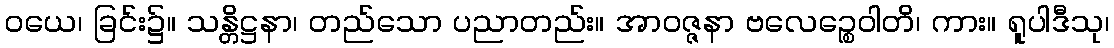
ဝယေ၊ ခြင်း၌။ သန္တိဋ္ဌနာ၊ တည်သော ပညာတည်း။ အာဝဇ္ဇနာ ဗလေဉ္စေဝါတိ၊ ကား။ ရူပါဒီသု၊